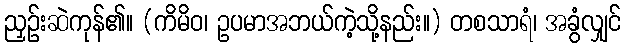
ညှဉ်းဆဲကုန်၏။ (ကိမိဝ၊ ဥပမာအဘယ်ကဲ့သို့နည်း။) တစသာရံ၊ အခွံလျှင်